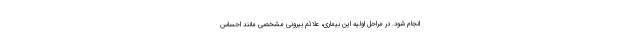
انجام شود. در مراحل اولیه این بیماری، علائم بیرونی مشخصی مانند احساس